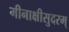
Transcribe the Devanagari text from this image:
मीनाक्षीसुदरम्